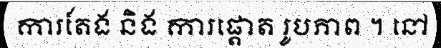
ការតែង និង ការផ្តោត រូបភាព ។ នៅ